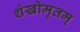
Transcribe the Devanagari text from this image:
शंखोमृतम्